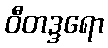
ဝီတဒ္ဒရော